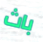
باث